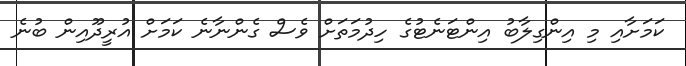
ކަމަށާއި މި އިންގިލާބު އިންޓަނެޓުގެ ހިދުމަތަށް ވެސް ގެންނާނެ ކަމަށް އުރީދޫއިން ބުނެ